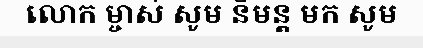
លោក ម្ចាស់ សូម និមន្ត មក សូម